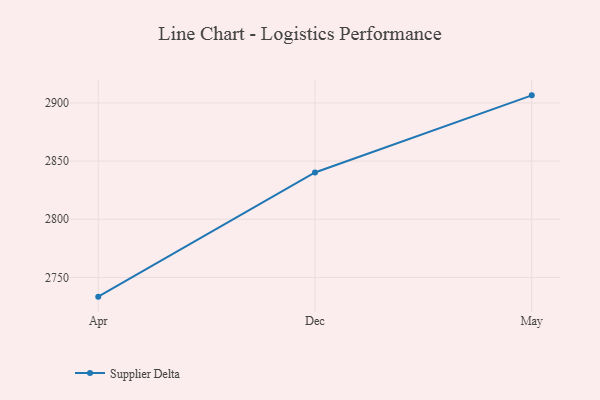
{"axis": {"x": "Month", "y": "Budget (USD K)"}, "legend": ["Supplier Delta"], "data": [{"x": "Apr", "y": 2733.5, "type": "Supplier Delta"}, {"x": "Dec", "y": 2840.2, "type": "Supplier Delta"}, {"x": "May", "y": 2906.5, "type": "Supplier Delta"}]}